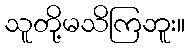
သူတို့မသိကြဘူး။